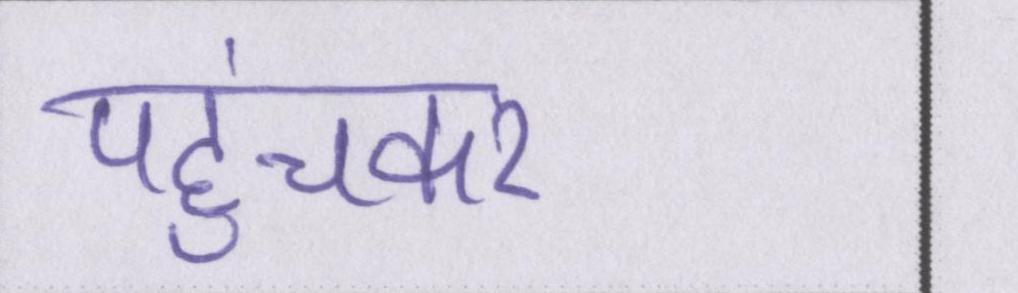
पहुंचकर